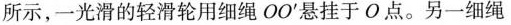
所示，一光滑的轻滑轮用细绳OO^{\prime}悬挂于O点。另一细绳